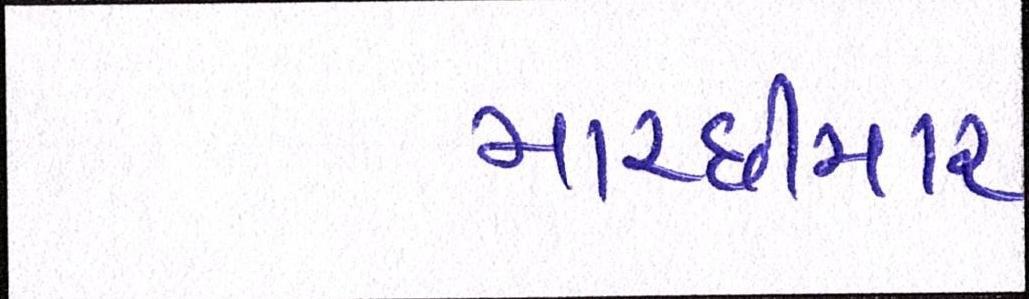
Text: માચ્છીમાર